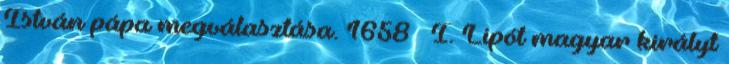
István pápa megválasztása. 1658 – I. Lipót magyar királyt